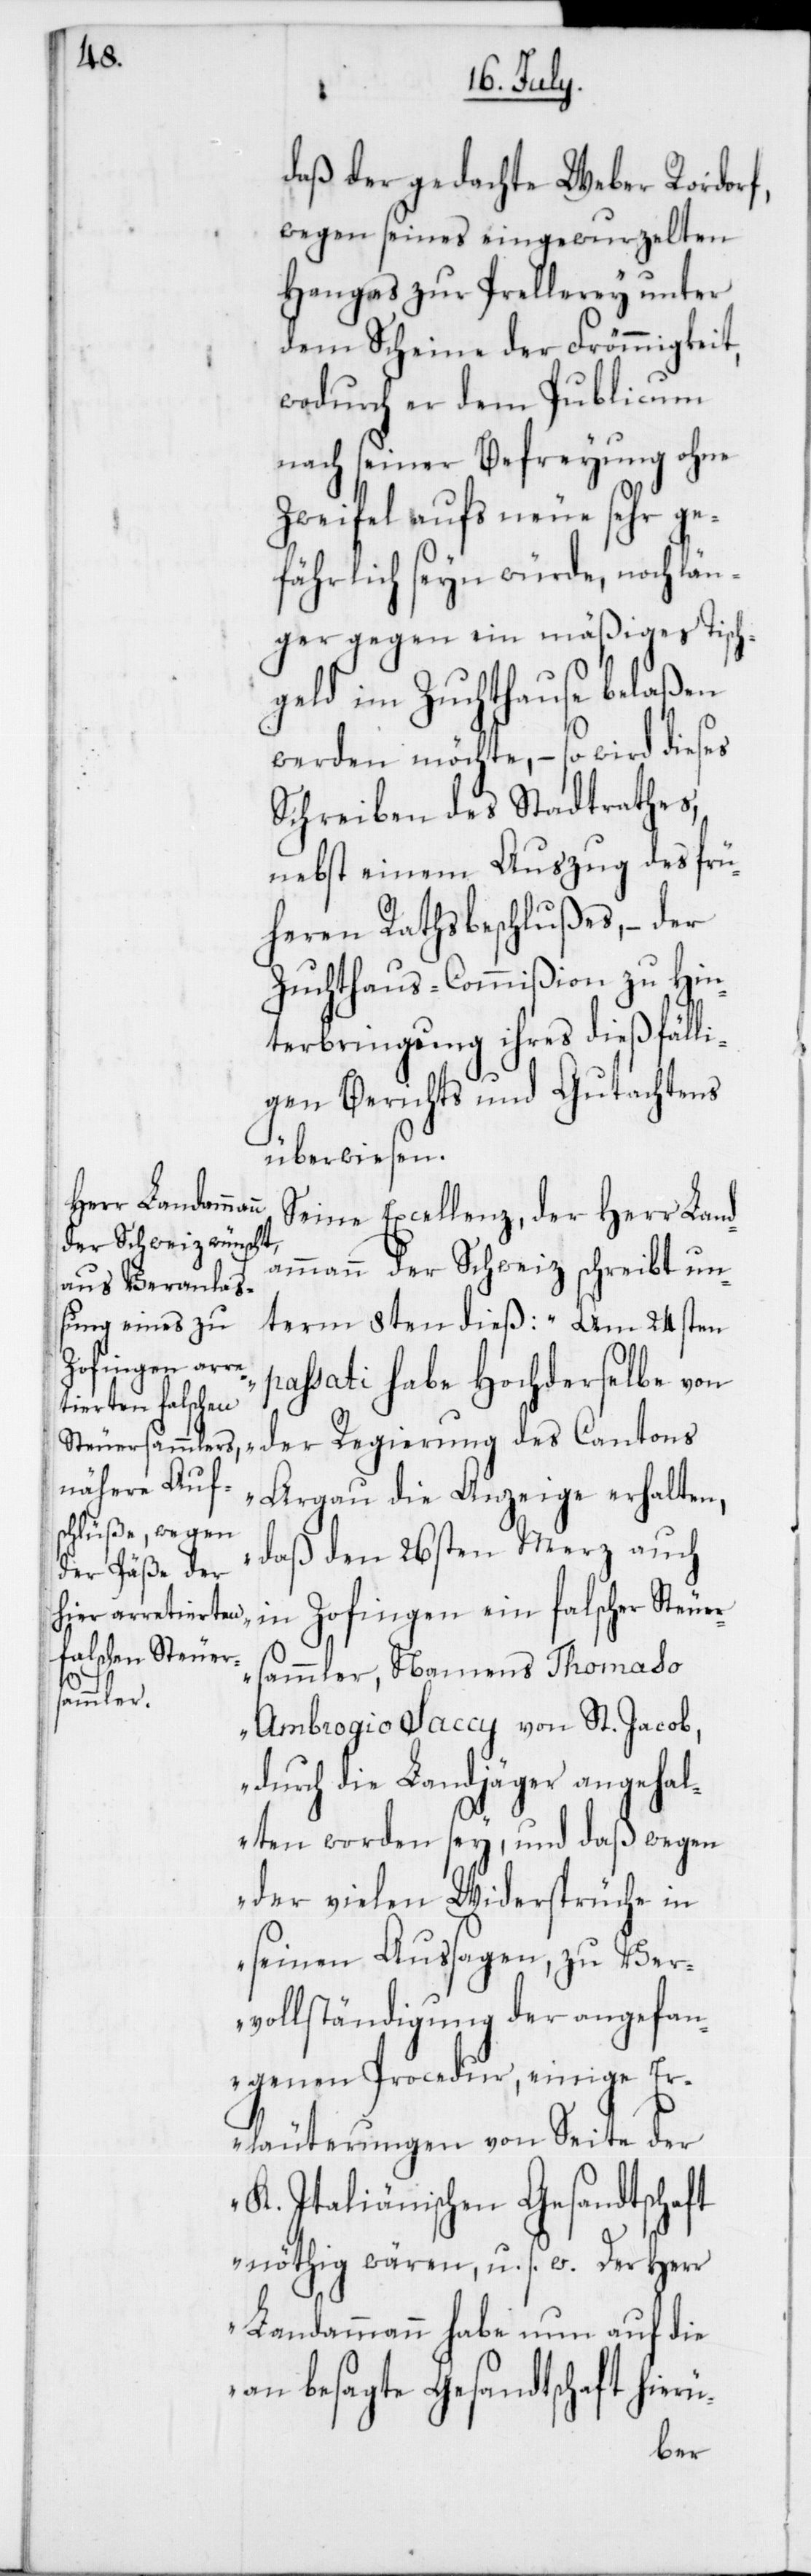
daß der gedachte Weber Rordorf,
wegen seines eingewurzelten
Hanges zur Prellerey unter
dem Scheine der Frömmigkeit,
wodurch er dem Publicum
nach seiner Befreyung ohne
Zweifel aufs neue sehr ge¬
fährlich seyn würde, noch län¬
ger gegen ein mäßiges Tisch¬
geld im Zuchthause belaßen
werden möchte, – so wird dieses
Schreiben des Stadtrathes,
nebst einem Auszug des frü¬
heren Rathsbeschlußes, – der
Zuchthaus-Commißion zu Hin¬
terbringung ihres dießfälli¬
gen Berichts und Gutachtens
überwiesen.
des Cantons
Seine Excellenz, der Herr Land¬
ammann der Schweiz schreibt un¬
term 8ten dieß: „Am 24sten
passati habe Hochderselbe von
Aargau die Anzeige erhalten,
daß den 26sten Merz auch
in Zofingen ein falscher Steuer¬
sammler, Namens Thomaso
Ambrogio Saccy von St. Jacob,
durch die Landjäger angehal¬
ten worden sey, und daß wegen
der vielen Widersprüche in
seinen Aussagen, zu Ver¬
vollständigung der angefan¬
genen Procedur, einige Er¬
läuterungen von Seite der
K. Italienischen Gesandtschaft
nöthig wären, u. s. w. Der Herr
Landammann habe nun auf die
an besagte Gesandtschaft hierü-
der